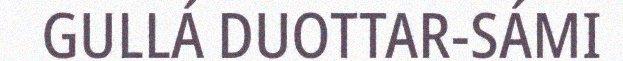
GULLÁ DUOTTAR-SÁMI